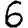
Digit: 6